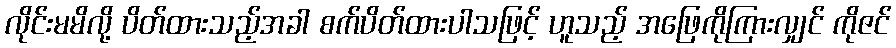
လိုင်းမမိလို့ ပိတ်ထားသည့်အခါ စက်ပိတ်ထားပါသဖြင့် ဟူသည့် အဖြေကိုကြားလျှင် ကိုဇင်